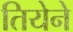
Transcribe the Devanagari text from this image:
तियेने